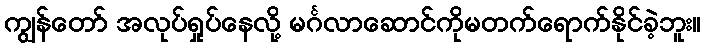
ကျွန်တော် အလုပ်ရှုပ်နေလို့ မင်္ဂလာဆောင်ကိုမတက်ရောက်နိုင်ခဲ့ဘူး။